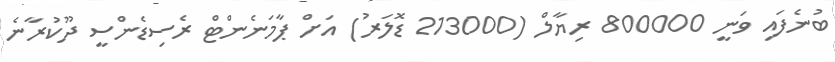
ބުނެފައި ވަނީ 800000 ރިޔާލް (213000 ޑޮލަރު) އަށް ޕާމަނެންޓް ރެސިޑެންސީ ދޫކުރާނެ